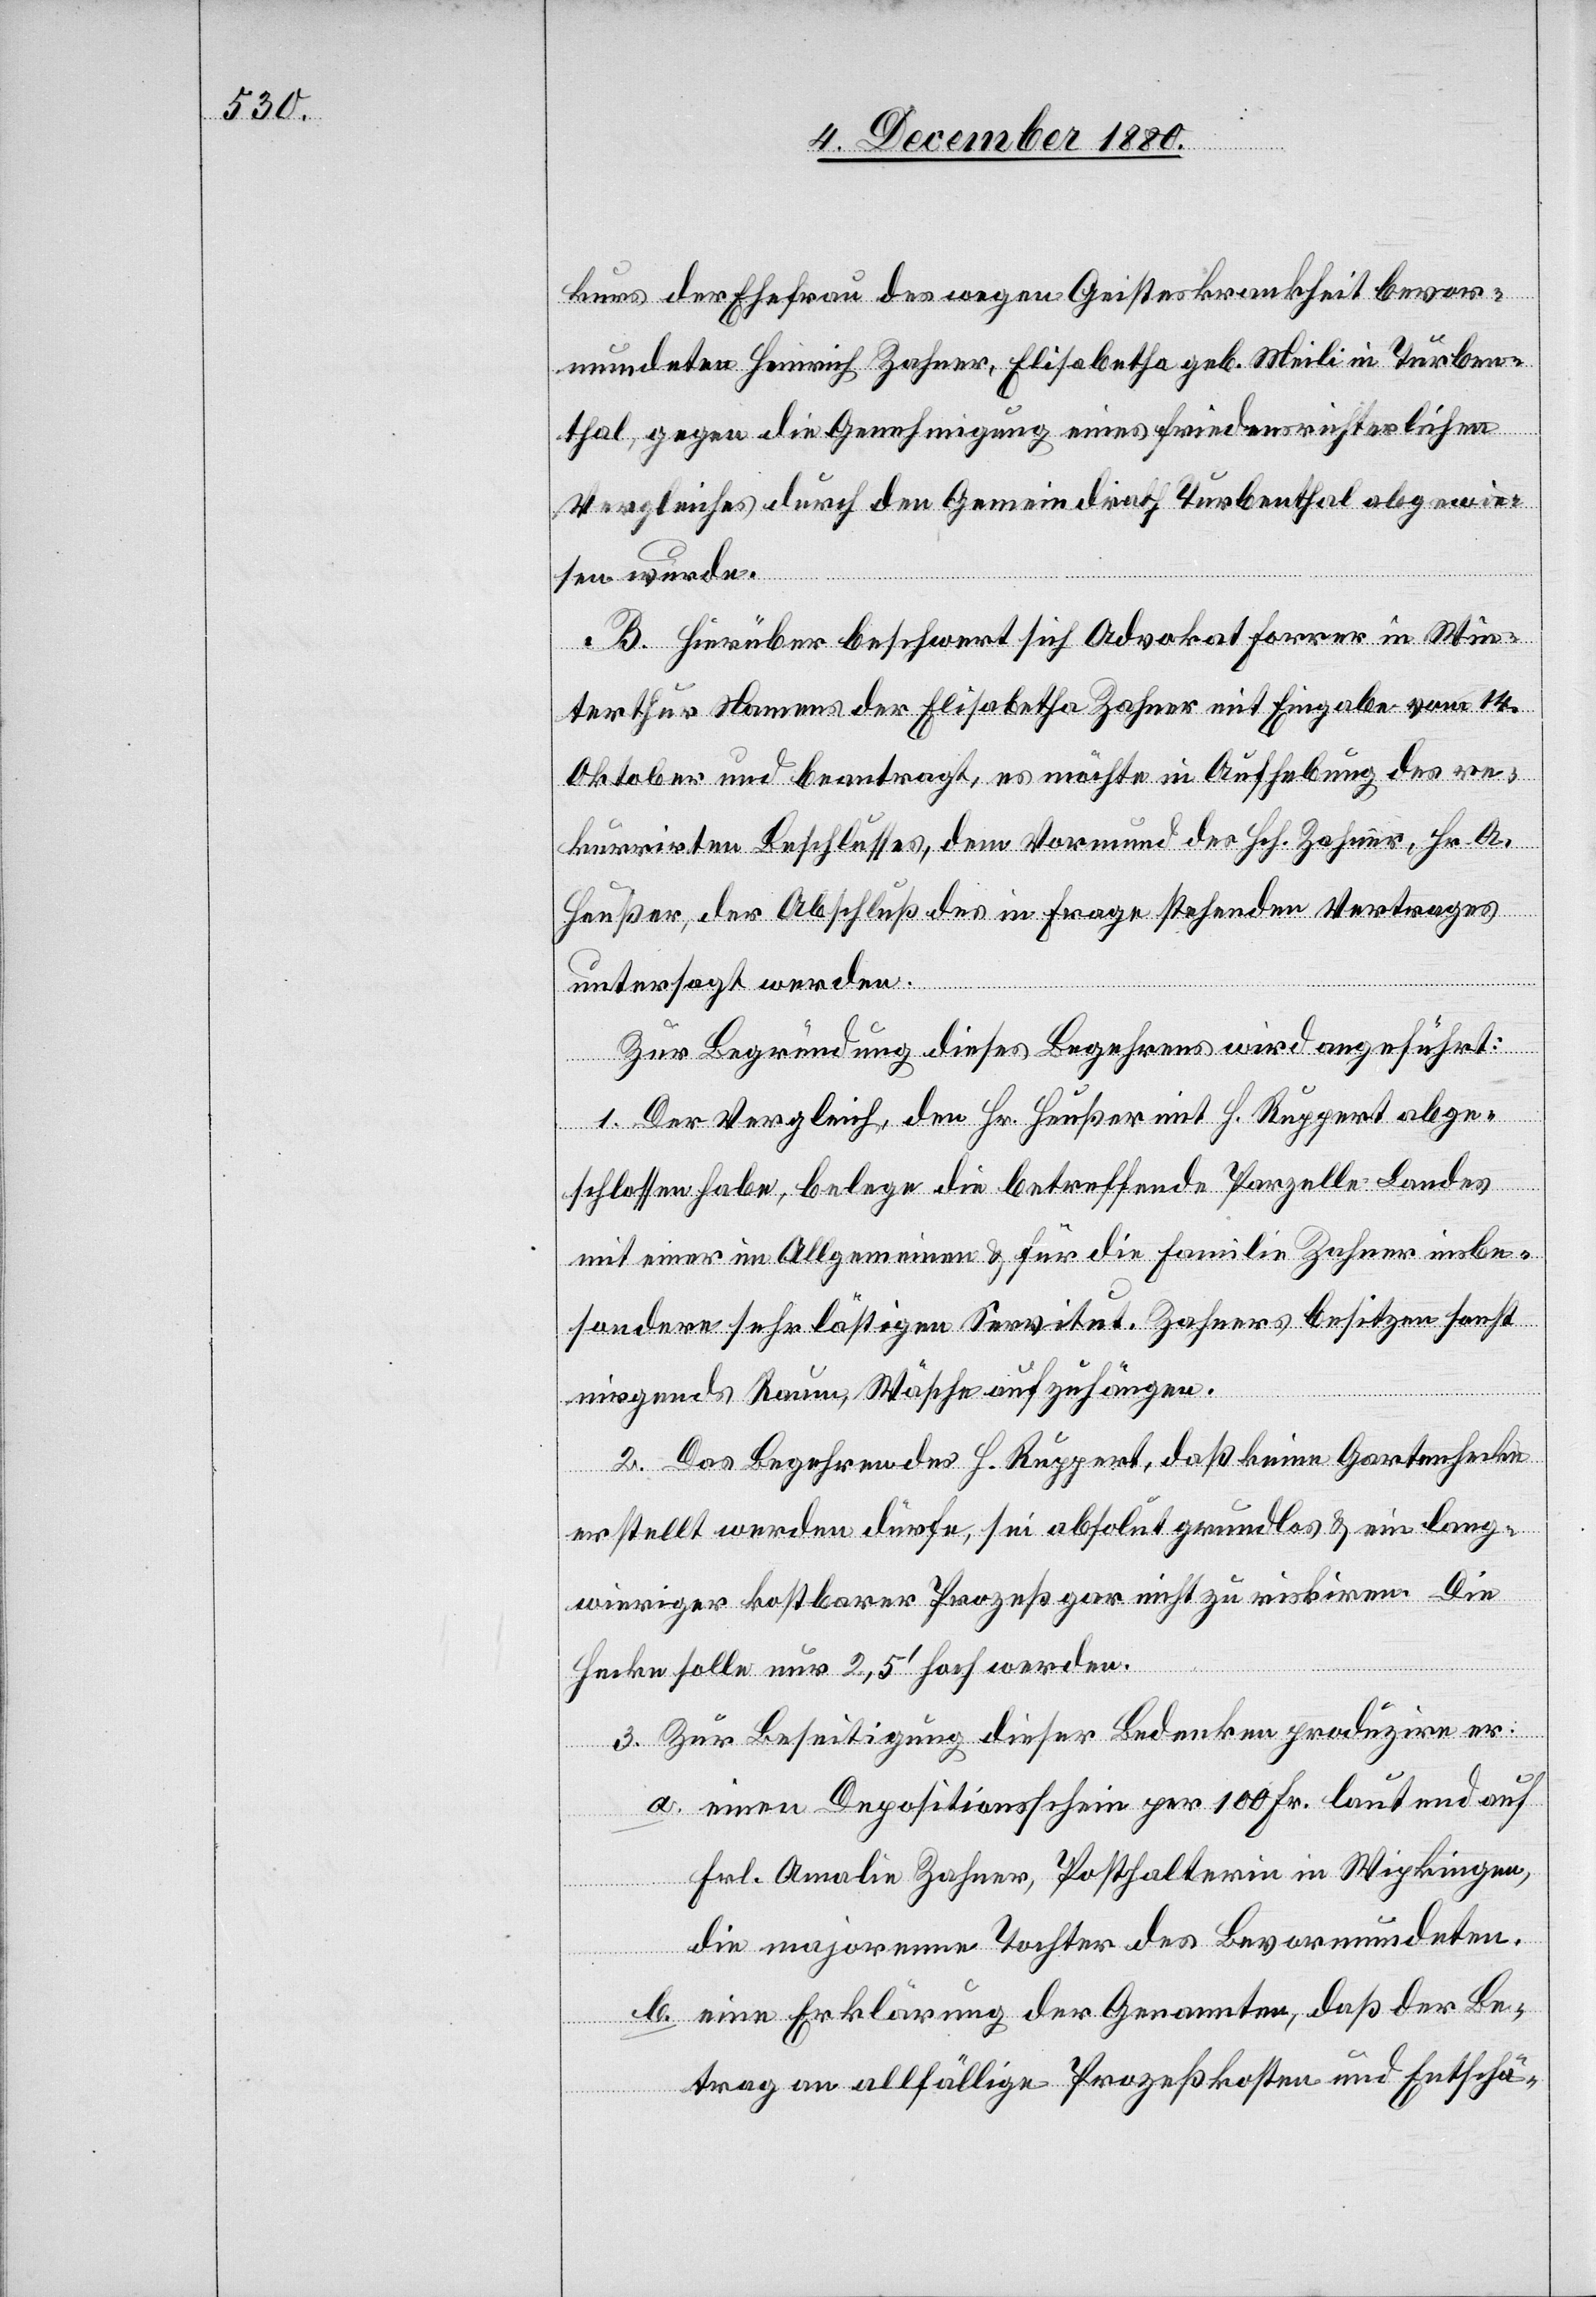
kurs der Ehefrau des wegen Geisteskrankheit bevor¬
mundeten Heinrich Zahner, Elisabetha geb. Meili in Turben¬
thal gegen die Genehmigung eines friedensrichterlichen
Vergleiches durch den Gemeindrath Turbenthal abgewie¬
sen wurde.
B. Hierüber beschwert sich Advokat Forrer in Win¬
terthur Namens der Elisabetha Zahner mit Eingabe vom 14.
Oktober und beantragt, es möchte in Aufhebung des re¬
kurrirten Beschlusses, dem Vormund des Hch. Zahner, Hr. A.
Heußer, der Abschluß des in Frage stehenden Vertrages
untersagt werden.
Zur Begründung dieses Begehrens wird angeführt:
1. Der Vergleich, den Hr. Heußer mit H. Ruppert abge¬
schlossen habe, belege die betreffende Parzelle Landes
mit einer im Allgemeinen & für die Familie Zahner insbe¬
sondere sehr lästigen Servitut. Zahners besitzen sonst
nirgends Raum, Wäsche aufzuhängen.
2. Das Begehren des H. Ruppert, daß keine Gartenhecke
erstellt werden dürfe, sei absolut grundlos & ein lang¬
wieriger kostbarer Prozeß gar nicht zu riskiren. Die
Hecke solle nur 2,5‘ hoch werden.
3. Zur Beseitigung dieser Bedenken produzire er:
a. einen Depositionsschein per 100 Fr. lautend auf
Frl. Amalie Zahner, Posthalterin in Wipkingen,
die majorene Tochter des Bevormundeten.
b. eine Erklärung der Genenannten, daß der Be¬
trag an allfällige Prozeßkosten und Entschä-